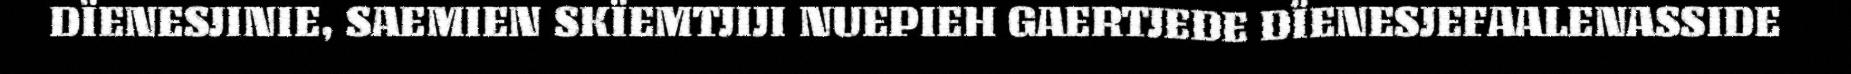
DÏENESJINIE, SAEMIEN SKÏEMTJIJI NUEPIEH GAERTJEDE DÏENESJEFAALENASSIDE